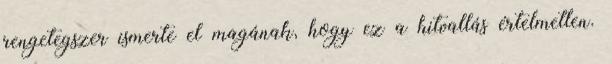
rengetegszer ismerte el magának, hogy ez a hitvallás értelmetlen.